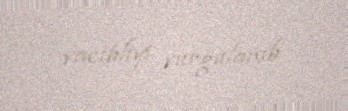
vacibliyi vurğulanıb.